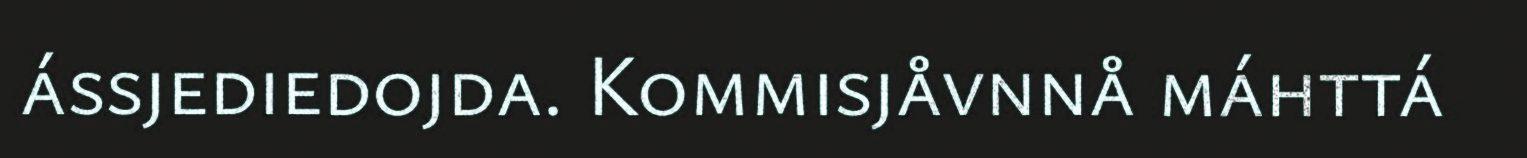
ássjediedojda. Kommisjåvnnå máhttá